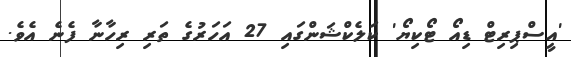
'އީސްޕިރިޓް ޑިއޯ ޓޯކިޔޯ' ކަލެކްޝަންގައި 27 އަހަރުގެ ތަރި ރިހާނާ ފެނެ އެވެ.